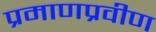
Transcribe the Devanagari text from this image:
प्रमाणप्रवीण